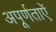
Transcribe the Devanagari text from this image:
अपूर्णताऐं